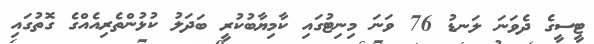
ޓީސީގެ ދެވަނަ ލަނޑު 76 ވަނަ މިނިޓުގައި ކާމިޔާބުކުރީ ބަދަލު ކުޅުންތެރިއެއްގެ ގޮތުގައި